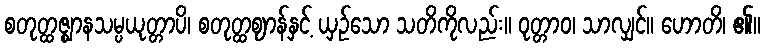
စတုတ္ထဇ္ဈာနသမ္ပယုတ္တာပိ၊ စတုတ္ထဈာန်နှင့် ယှဉ်သော သတိကိုလည်း။ ဝုတ္တာဝ၊ သာလျှင်။ ဟောတိ၊ ၏။